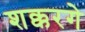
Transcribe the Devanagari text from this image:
शक्करगे